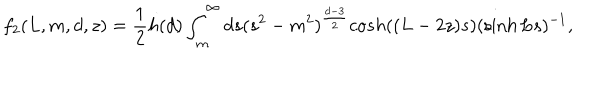
f _ { 2 } ( L , m , d , z ) = \frac { 1 } { 2 } h ( d ) \int _ { m } ^ { \infty } d s ( s ^ { 2 } - m ^ { 2 } ) ^ { \frac { d - 3 } { 2 } } c o s h ( ( L - 2 z ) s ) ( \sinh L s ) ^ { - 1 } ,